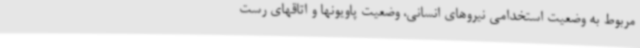
مربوط به وضعیت استخدامی نیروهای انسانی، وضعیت پاویونها و اتاقهای رست